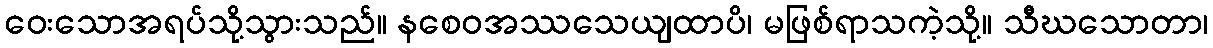
ဝေးသောအရပ်သို့သွားသည်။ နစေဝအဿသေယျထာပိ၊ မဖြစ်ရာသကဲ့သို့။ သီဃသောတာ၊